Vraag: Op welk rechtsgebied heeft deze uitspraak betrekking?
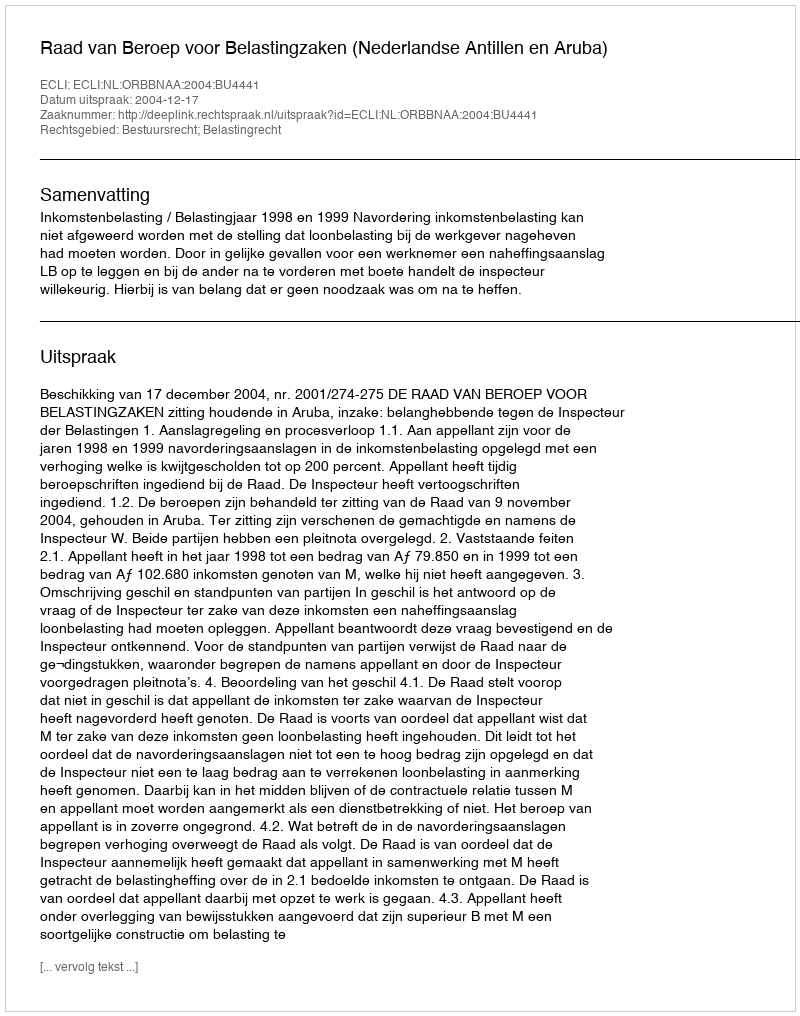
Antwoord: Bestuursrecht; Belastingrecht